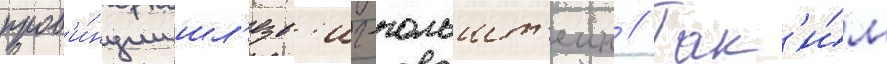
пров'и́нции шл'езв'иг-гольшт'еин // Так'и́м